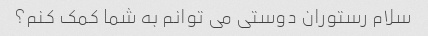
سلام رستوران دوستی می توانم به شما کمک کنم؟